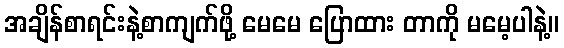
အချိန်စာရင်းနဲ့စာကျက်ဖို့ မေမေ ပြောထား တာကို မမေ့ပါနဲ့။